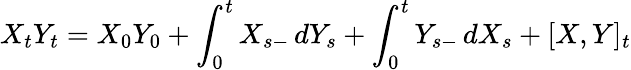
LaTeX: X_{t}Y_{t}=X_{0}Y_{0}+\int_{0}^{t}X_{s-}\, dY_{s}+\int_{0}^{t}Y_{s-}\, dX_{s}+[X,Y]_{t}